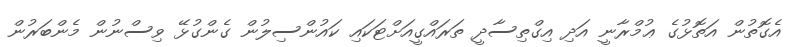
އެގޮތުން އަތޮޅުގެ ޢުމްރާނީ އަދި އިގްތިސާދީ ތަރައްގީއަށްޓަކައި ކައުންސިލުން ގެންގުޅޭ ވިސްނުން މެންބަރުން